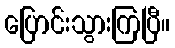
ပြောင်းသွားကြပြီ။